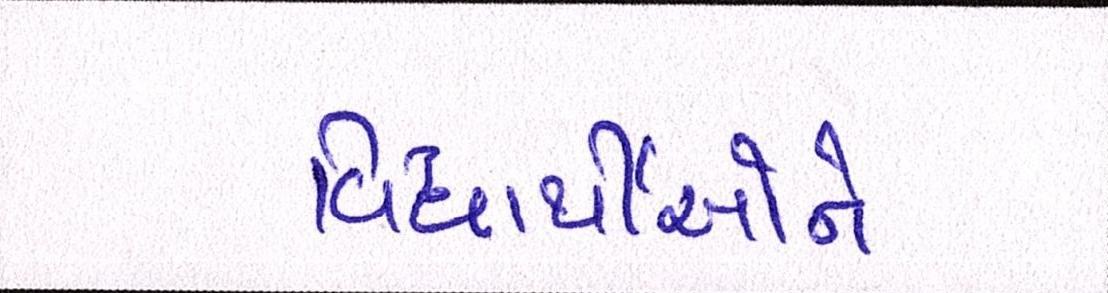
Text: વિધાર્થીઓને